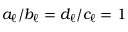
a _ { \ell } / b _ { \ell } = d _ { \ell } / c _ { \ell } = 1